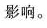
影响。